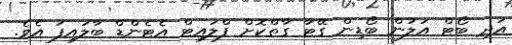
އަދި ބޯޓް އަލުން ބޯޑިން ގޭޓާ ގާތްކޮށް ފްލައިޓް އެޓެންޑް ބާލައިފަ އެވެ.